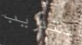
لتدريب